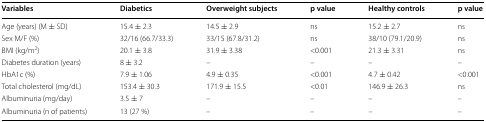
| Variables | Diabetics | Overweight subjects | p value | Healthy controls | p value |
 | --- | --- | --- | --- | --- | --- |
 | Age (years) (M ± SD) | 15.4 ± 2.3 | 14.5 ± 2.9 | ns | 15.2 ± 2.7 | ns |
 | Sex M/F (%) | 32/16 (66.7/33.3) | 33/15 (67.8/31.2) | ns | 38/10 (79.1/20.9) | ns |
 | BMI (kg/m2) | 20.1 ± 3.8 | 31.9 ± 3.38 | <0.001 | 21.3 ± 3.31 | ns |
 | Diabetes duration (years) | 8 ± 3.2 | – | – | – | – |
 | HbA1c (%) | 7.9 ± 1.06 | 4.9 ± 0.35 | <0.001 | 4.7 ± 0.42 | <0.001 |
 | Total cholesterol (mg/dL) | 153.4 ± 30.3 | 171.9 ± 15.5 | <0.01 | 146.9 ± 26.3 | ns |
 | Albuminuria (mg/day) | 3.5 ± 7 | – | – | – | – |
 | Albuminuria (n of patients) | 13 (27 %) | – | – | – | – |